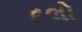
દલો